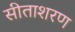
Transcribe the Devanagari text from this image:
सीताशरण